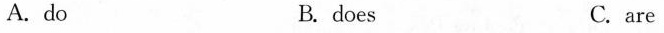
A. do B.does C. are